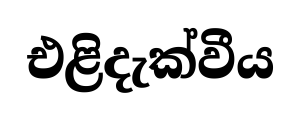
එළිදැක්වීය